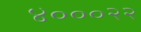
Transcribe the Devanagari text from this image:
४०००२२